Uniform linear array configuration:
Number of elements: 48
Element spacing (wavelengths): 0.5
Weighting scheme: hann
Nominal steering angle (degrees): -45
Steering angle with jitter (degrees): -46.993
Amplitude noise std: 0.05
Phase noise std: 0.05

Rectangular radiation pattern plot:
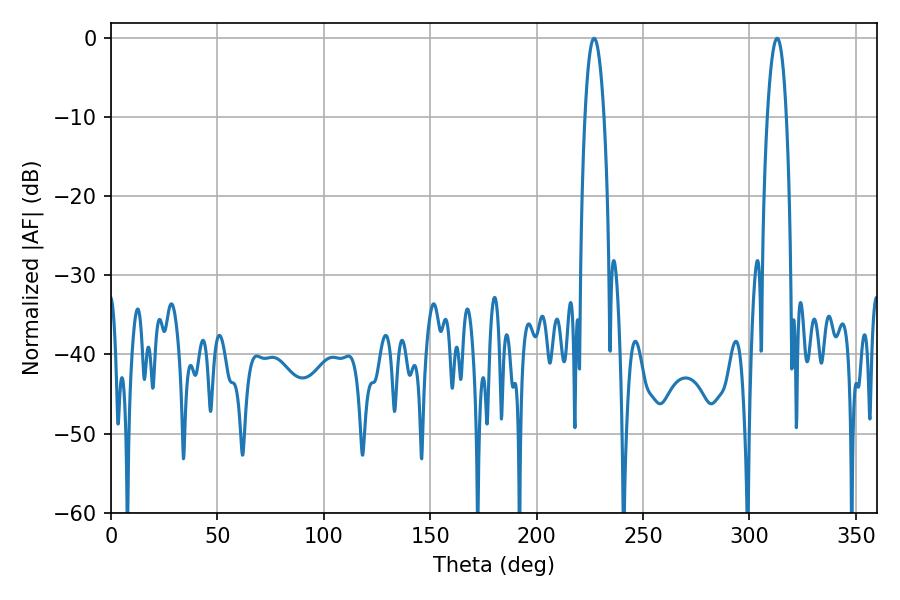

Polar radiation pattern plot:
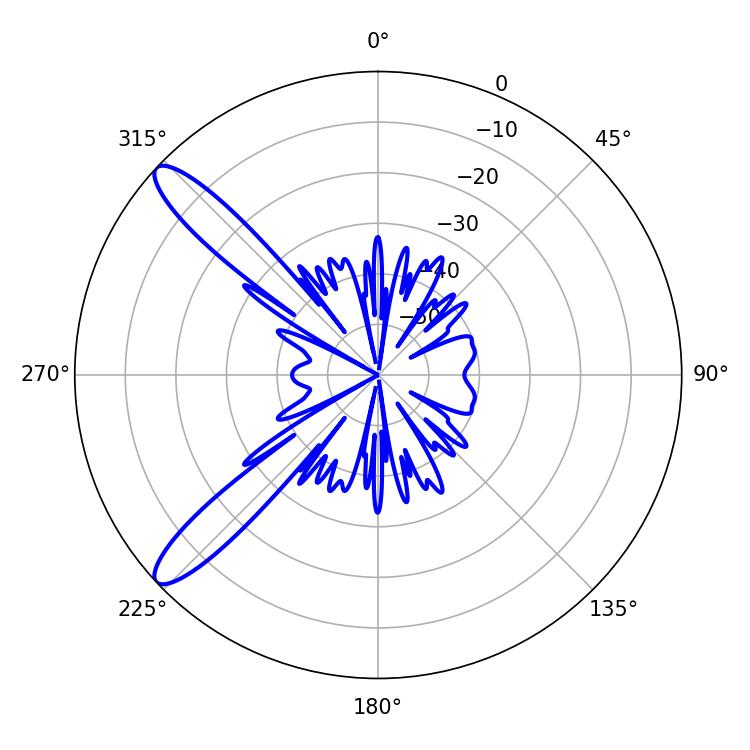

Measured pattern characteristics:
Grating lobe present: FALSE
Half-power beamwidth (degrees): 4.86
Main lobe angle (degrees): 226.98